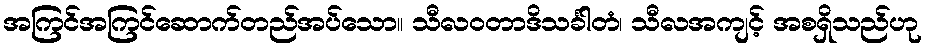
အကြင်အကြင်ဆောက်တည်အပ်သော။ သီလဝတာဒိသင်္ခါတံ၊ သီလအကျင့် အစရှိသည်ဟု